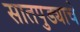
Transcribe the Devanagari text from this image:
सातपुड्याचे